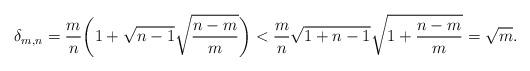
LaTeX: \begin{align*}\delta_{m,n} & = \frac{m}{n} \bigg( 1 + \sqrt{n-1} \sqrt{\frac{n-m}{m}} \bigg)< \frac{m}{n} \sqrt{1+n-1} \sqrt{ 1+ \frac{n-m}{m} }= \sqrt{m}.\end{align*}